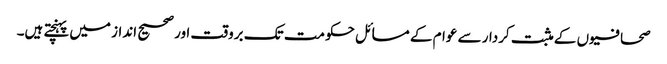
صحافیوں کے مثبت کردار سے عوام کے مسائل حکومت تک بروقت اور صحیح انداز میں پہنچتے ہیں۔